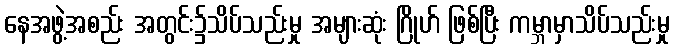
နေအဖွဲ့အစည်း အတွင်း၌သိပ်သည်းမှု အများဆုံး ဂြိုဟ် ဖြစ်ပြီး ကမ္ဘာမှာသိပ်သည်းမှု